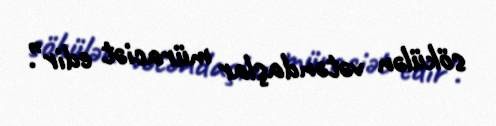
sökülən vətəndaşlar müraciət edir”.